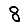
Digit: 8